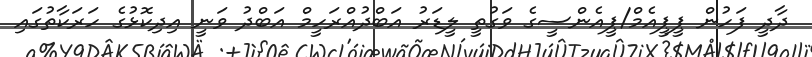
ދާދީ ފަހުން ޕީޕީއެމް/ޕީއެންސީގެ ވަގުތީ ލީޑަރު އަބްދުއްރަހީމް އަބްދު ވަނީ އިދިކޮޅުގެ ހަރަކާތުގައި